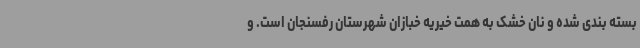
بسته بندی شده و نان خشک به همت خیریه خبازان شهرستان رفسنجان است. و